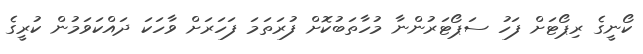
ކޯނީގެ ރިޕޯޓަށް ފަހު ސަޕޯޓަރުންނާ މުހާތަބުކޮށް ފުރަތަމަ ފަހަރަށް ވާހަކަ ދައްކަވަމުން ކުރީގެ